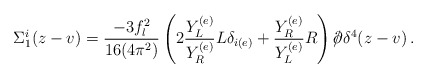
\begin{align*}\Sigma_1^i(z-v)=\frac{-3f_l^2}{16(4\pi^2)}\left(2\frac{Y_L^{(e)}}{Y_R^{(e)}}L\delta_{i(e)}+\frac{Y_R^{(e)}}{Y_L^{(e)}}R\right)/\hspace{-2mm}\partial\delta^4(z-v)\, . \end{align*}